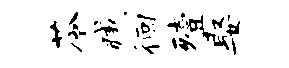
苓臧徊殪娶